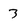
Character: 3